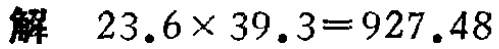
解 \(23.6\times 39.3 = 927.48\)